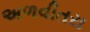
અળવીતરા